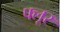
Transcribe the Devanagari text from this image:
फ्लूर